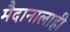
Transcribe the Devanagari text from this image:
मैदानालाही